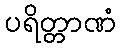
ပရိတ္တာဏံ